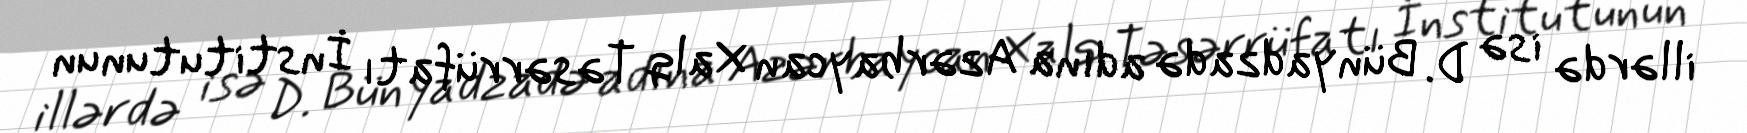
illərdə isə D. Bünyadzadə adına Azərbaycan Xalq Təsərrüfatı İnstitutunun